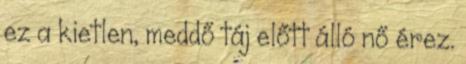
ez a kietlen, meddő táj előtt álló nő érez.